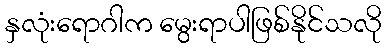
နှလုံးရောဂါက မွေးရာပါဖြစ်နိုင်သလို